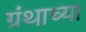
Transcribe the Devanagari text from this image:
ग्रंथाच्‍या